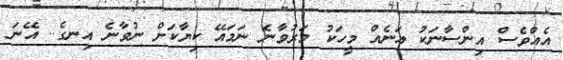
އެއްވެސް އިންސާނަކު އަނެއް މީހަކު މަރުވާނެ ނަމައޭ ކިޔާކަށް ނުވާނެ އިނގެ.. އޭނަ